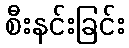
စီးနင်းခြင်း